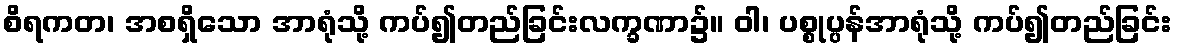
စိရကတ၊ အစရှိသော အာရုံသို့ ကပ်၍တည်ခြင်းလက္ခဏာ၌။ ဝါ၊ ပစ္စုပ္ပန်အာရုံသို့ ကပ်၍တည်ခြင်း